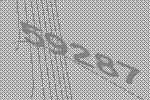
59287